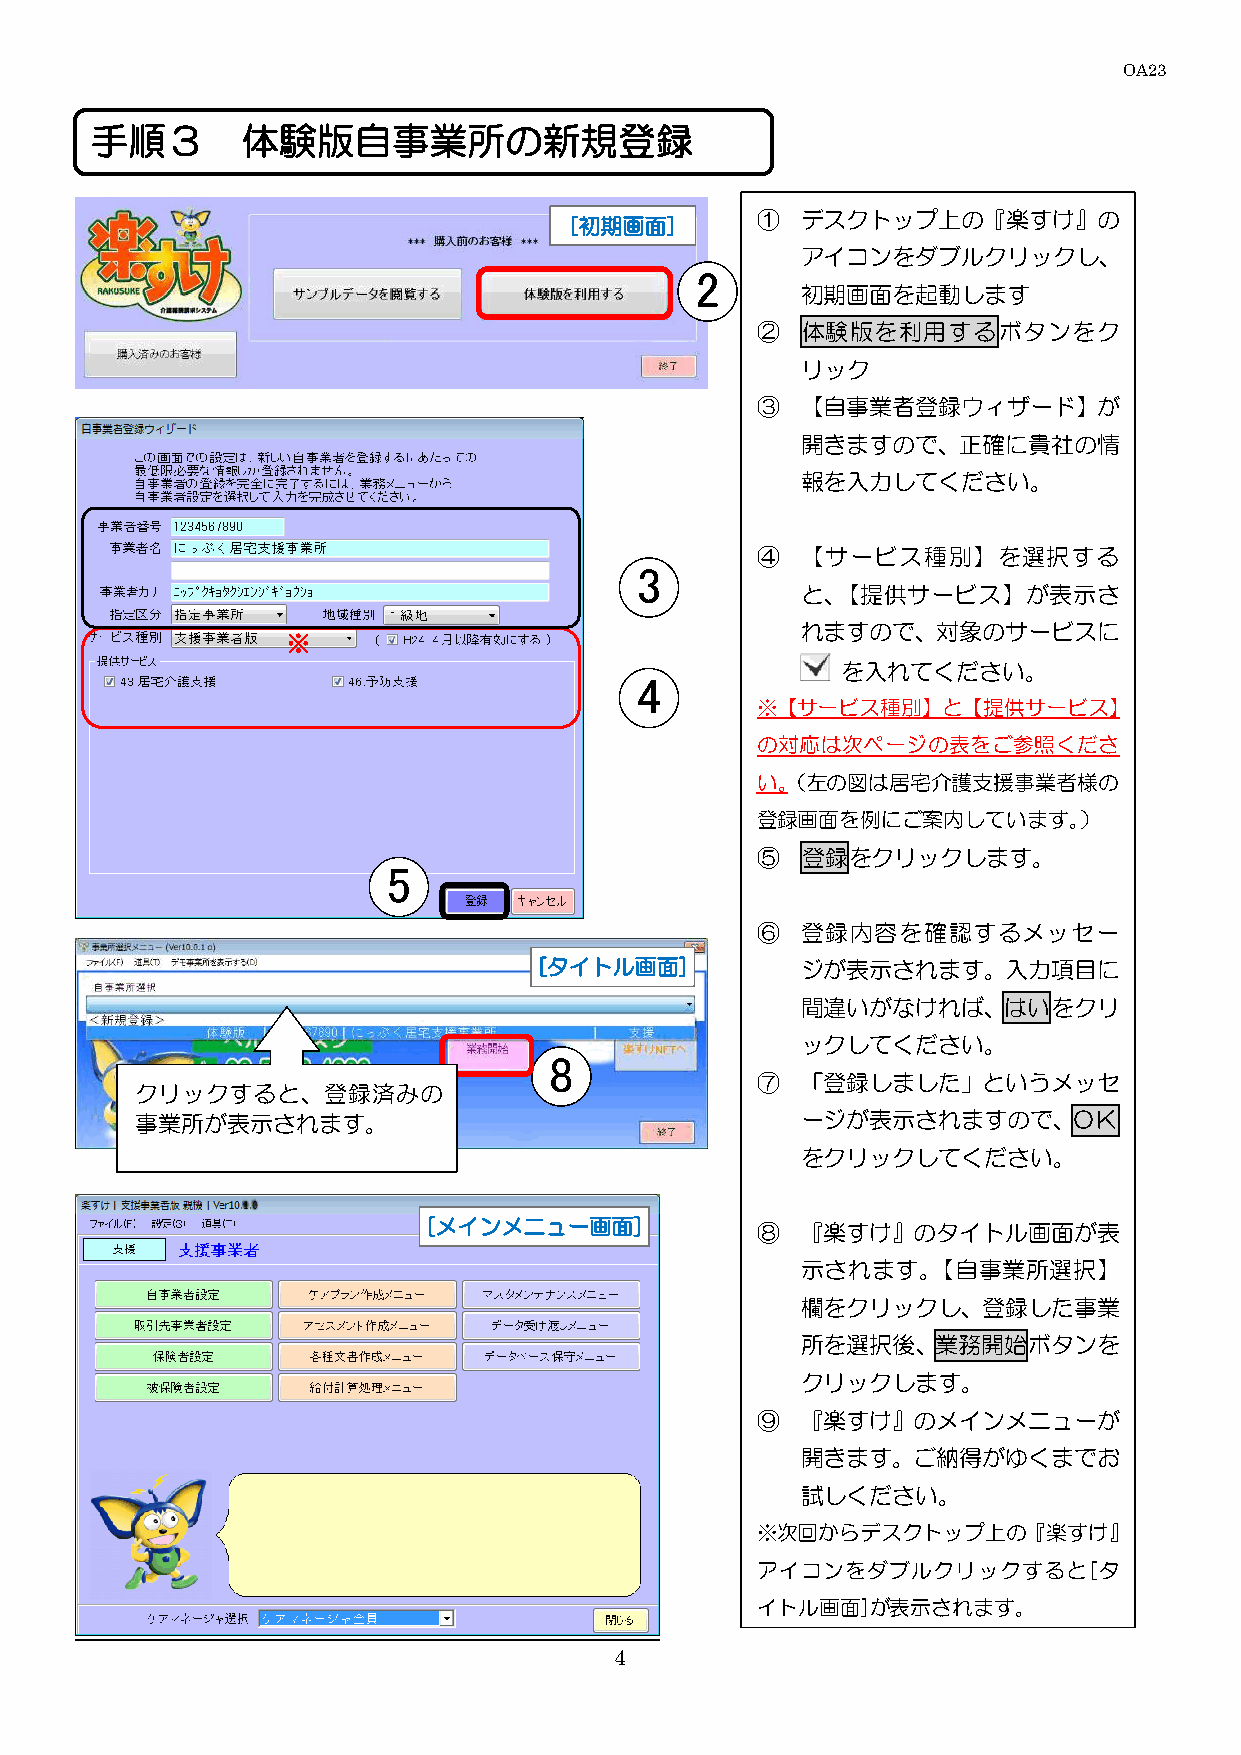
OA23
 手順３       体験版自事業所の新規登録
 ①  デスクトップ上の『楽すけ』の
 [初期画面]
 アイコンをダブルクリックし、
 2
 初期画面を起動します
 ②  体験版を利用するボタンをク
 リック
 ③  【自事業者登録ウィザード】が
 開きますので、正確に貴社の情
 報を入力してください。
 ④  【サービス種別】を選択する
 3
 と、【提供サービス】が表示さ
 れますので、対象のサービスに
 ※
 を入れてください。
 4
 ※【サービス種別】と【提供サービス】
 の対応は次ページの表をご参照くださ
 い。（左の図は居宅介護支援事業者様の
 登録画面を例にご案内しています。）
 ⑤  登録をクリックします。
 5
 ⑥  登録内容を確認するメッセー
 [タイトル画面]         ジが表示されます。入力項目に
 間違いがなければ、はいをクリ
 ックしてください。
 8
 ⑦  「登録しました」というメッセ
 クリックすると、登録済みの
 事業所が表示されます。                                 ージが表示されますので、ＯＫ
 をクリックしてください。
 [メインメニュー画面]           ⑧  『楽すけ』のタイトル画面が表
 示されます。【自事業所選択】
 欄をクリックし、登録した事業
 所を選択後、業務開始ボタンを
 クリックします。
 ⑨  『楽すけ』のメインメニューが
 開きます。ご納得がゆくまでお
 試しください。
 ※次回からデスクトップ上の『楽すけ』
 アイコンをダブルクリックすると[タ
 イトル画面]が表示されます。
 4